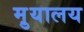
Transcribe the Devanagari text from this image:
मु़यालय